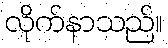
လိုက်နာသည်။